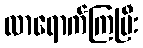
လာရောက်ကြပြီး